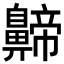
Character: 𪖰